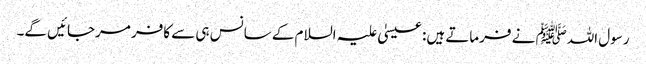
رسول اللہﷺ نے فرماتے ہیں: عیسیٰ علیہ السلام کے سانس ہی سے کافر مرجائیں گے۔